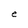
Character: e